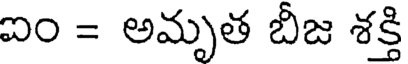
ఐం = అమృత బీజ శక్తి